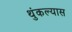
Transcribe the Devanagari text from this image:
थुंकल्यास